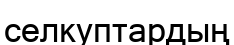
селкуптардың